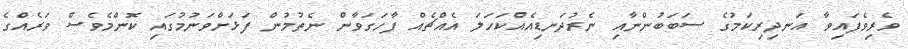
ވެރިވެފައިވާ އަނދިރިކަމުގެ ސަބަބުންނާއި ނެރުދަނޑިއެއްކަހަލަ އެއްޗެއް ފާހަގަވާން ނެތުމުން ފަޅަށްވަނުމުގައި ކޮންމެވެސް ވަރެއްގެ